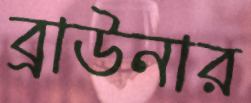
ব্রাউনার